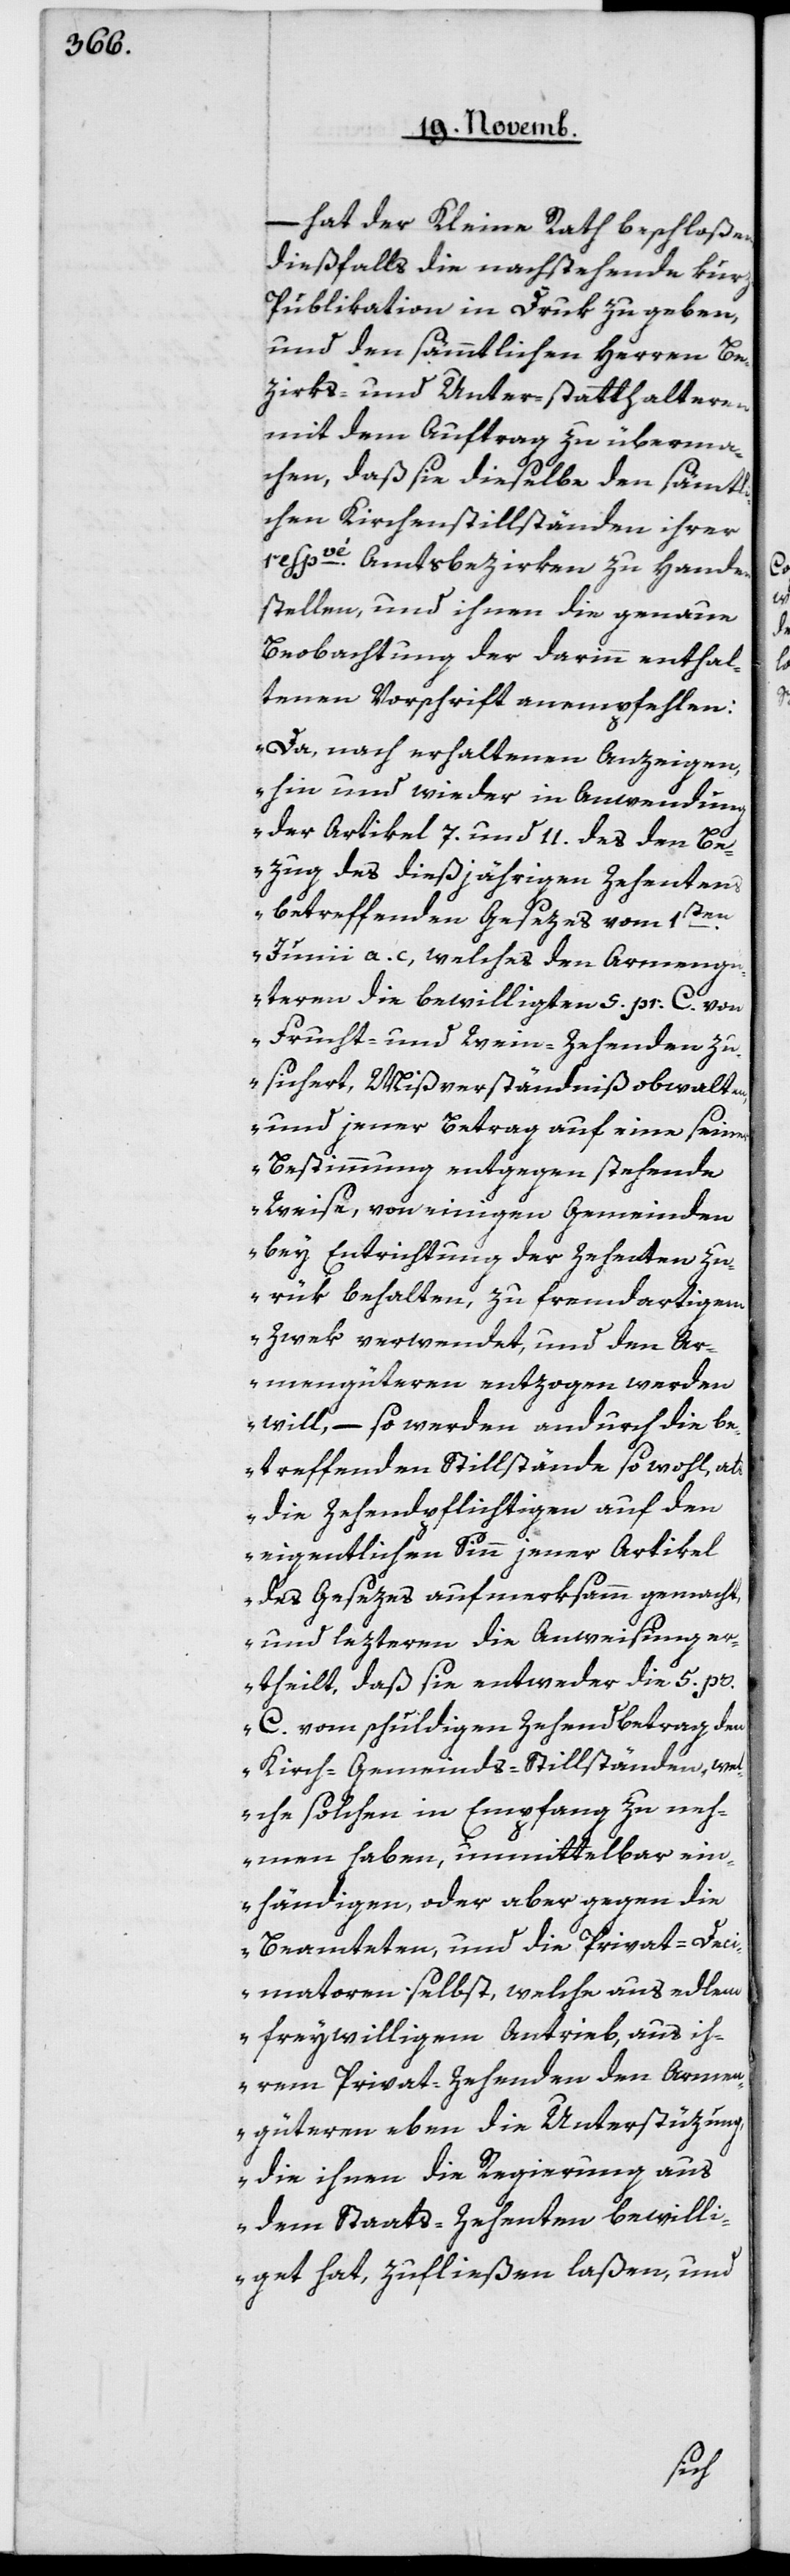
– hat der Kleine Rath beschloßen,
dießfalls die nachstehende Kur¬
z-Publikation in Druk zu geben,
und den sämmtlichen Herren Be¬
zirks- und Unterstatthalteren
mit dem Auftrag zu überma¬
chen, daß sie dieselbe den sämtli¬
chen Kirchenstillständen ihrer
respvé. Amtsbezirken zu Handen
stellen, und ihnen die genaue
Beobachtung der darinn enthal¬
tenen Vorschrift anempfehlen:
„Da, nach erhaltenen Anzeigen,
hin und wieder in Anwendung
der Artikel 7 und 11 des den Be¬
zug des dießjährigen Zehentens
betreffenden Gesezes vom 1ten
Junii a. c., welches den Armeng¬
üteren die bewilligten 5 pr. C. von
Frucht- und Wein-Zehenden zu¬
sichert, Mißverständniß obwalten,
und jener Betrag auf eine seiner
Bestimmung entgegen stehende
Weise, von einigen Gemeinden
bey Entrichtung der Zehenden zu¬
rük behalten, zu fremdartigem
Zwek verwendet, und den Ar¬
mengüteren entzogen werden
will, – so werden andurch die be¬
treffenden Stillstände so wohl, als
die Zehendpflichtigen auf den
eigentlichen Sinn jener Artikel
des Gesezes aufmerksamm gemacht,
und lezteren die Anweisung e¬
rtheilt, daß sie entweder die 5 pr.
C. vom schuldigen Zehendbetrag den
Kirch-Gemeinds-Stillständen, wel¬
che solchen in Empfang zu neh¬
men haben, unmittelbar ein¬
händigen, oder aber gegen die
Beamteten, und die Privat-Dec¬
imatoren selbst, welche aus edlem
freywilligem Antrieb, aus ih¬
rem Privat-Zehenden den Armen¬
güteren eben die Unterstüzung
die ihnen die Regierung aus
dem Staats-Zehenten bewilli¬
get hat, zufließen laßen,